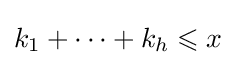
k_{1}+\cdots +k_{h}\leqslant x